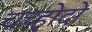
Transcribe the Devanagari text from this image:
चच्होदो